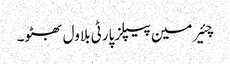
چئیرمین پیپلز پارٹی بلاول بھٹو۔